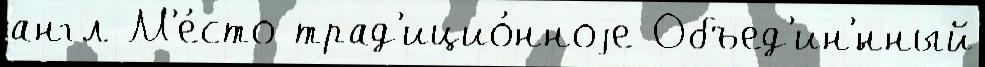
англ М'е́сто трад'ицио́нноjе Объед'ин'́нный